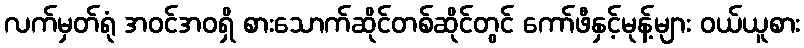
လက်မှတ်ရုံ အဝင်အဝရှိ စားသောက်ဆိုင်တစ်ဆိုင်တွင် ကော်ဖီနှင့်မုန့်များ ဝယ်ယူစား